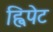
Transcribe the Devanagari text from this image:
ह्विपेट